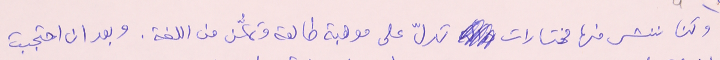
وكنا ننشر منها مختارات تدلّ على موهبة طالعة وتمكُّن من اللغة. وبعد ان احتجبت